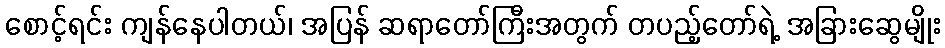
စောင့်ရင်း ကျန်နေပါတယ်၊ အပြန် ဆရာတော်ကြီးအတွက် တပည့်တော်ရဲ့ အခြားဆွေမျိုး